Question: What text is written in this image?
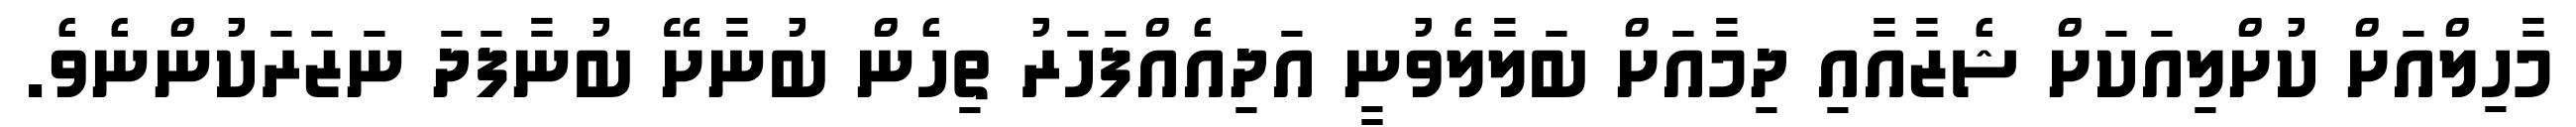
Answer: މާހިލްއަށް ކުށްލިއަކަށް ޝެޒާއާއި ދިމާއަށް ބަލާލެވުނީ އަދިއެއްފަހަރު ތިހެން ބުނާށޭ ބުނާފަދަ ނަޒަރަކުންނެވެ.